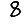
Digit: 8